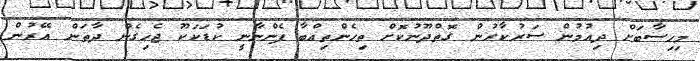
މިހިސާބަށް ދިއުމުން ސަރުކާރުން ގޮތްދޫނުކޮށް ތިހެންތިއްބާ ފެންނާނީ ކުޑަކަކޫ ޖެހިގެން ދާތަން އޭރުން